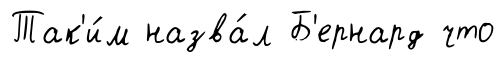
Так'и́м назва́л Б'ернард что